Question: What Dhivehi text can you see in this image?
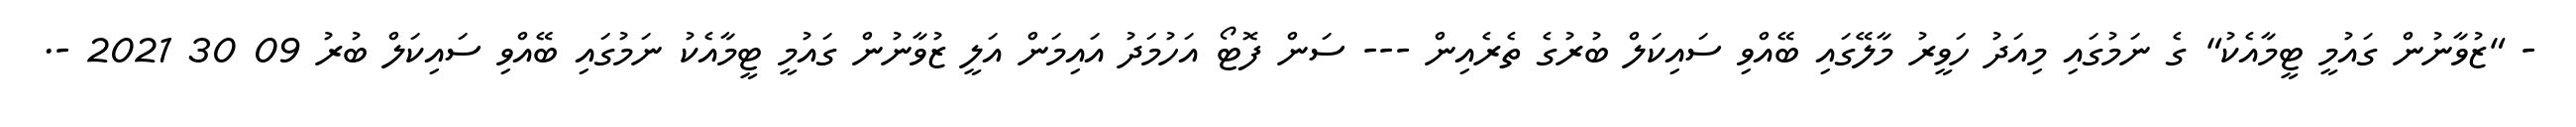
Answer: - "ޒުވާނުން ގައުމީ ޓީމާއެކު" ގެ ނަމުގައި މިއަދު ހަވީރު މާލޭގައި ބޭއްވި ސައިކަލް ބުރުގެ ތެރެއިން --- ސަން ފޮޓޯ އަހުމަދު އައިމަން އަލީ ޒުވާނުން ގައުމީ ޓީމާއެކު ނަމުގައި ބޭއްވި ސައިކަލް ބުރު 09 30 2021 -.